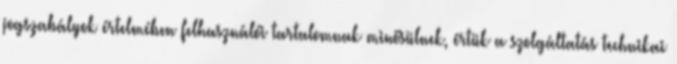
jogszabályok értelmében felhasználói tartalomnak minősülnek, értük a szolgáltatás technikai